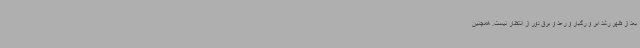
بعد از ظهر رشد ابر و رگبار و رعد و برق دور از انتظار نیست. همچنین